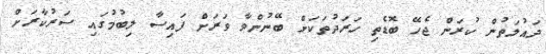
ދައުލަތުން ކުރަން ޖެހޭ ބޮޑެތި ހަރަދުތަކަށް ބޭނުންވާ ވަރަށް ފައިސާ ލިބުމުގައި ސަރުކާރަށް